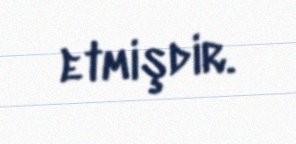
etmişdir.